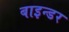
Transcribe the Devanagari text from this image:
बाइन्डर